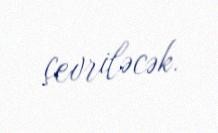
çevriləcək.